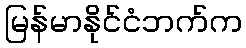
မြန်မာနိုင်ငံဘက်က